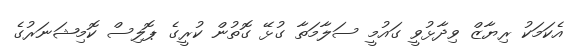
އެކަމަކު ރިޔާޒް ވިދާޅުވީ ގައުމީ ސަލާމަތާ ގުޅޭ ގޮތުން ކުރީގެ ޕޮލިސް ކޮމިޝަނަރުގެ